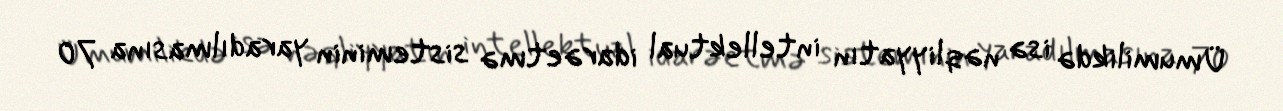
Ümumilikdə isə nəqliyyatın intellektual idarəetmə sisteminin yaradılmasına 70